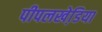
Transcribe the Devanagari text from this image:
पीपलखेडि़या